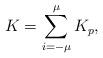
LaTeX: \begin{gather*}K=\sum _{i=-\mu}^\mu K_p,\end{gather*}